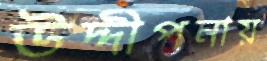
উদ্দীপনায়